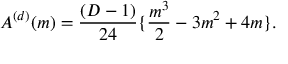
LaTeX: A ^ { ( d ) } ( m ) = \frac { ( D - 1 ) } { 2 4 } \{ \frac { m ^ { 3 } } { 2 } - 3 m ^ { 2 } + 4 m \} .